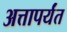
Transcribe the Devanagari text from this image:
अत्तापर्यंत